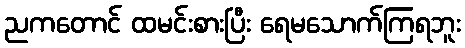
ညကတောင် ထမင်းစားပြီး ရေမသောက်ကြရဘူး